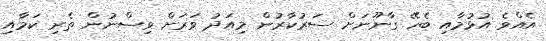
އެއްވެ އުޅުމާއި ބެހޭ ގާނޫނަށް ސަރުކާރުން މިއަދު ވަރަށް ވިސްނުން ތެރި ކަމާއި